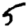
Digit: 5